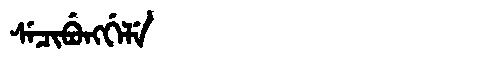
Manchu: ᠰᡝᠴᡳᠪᡠᠩᡤᡝᠯᡝ
Romanization: SECIBUNGGELE